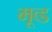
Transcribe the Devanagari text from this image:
मूव्ड